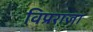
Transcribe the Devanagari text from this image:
विप्रराजा